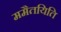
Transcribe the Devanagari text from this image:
ममैतयिति